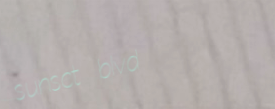
sunset blvd